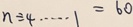
b \div 4 \cdots 1 = 6 0